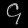
Digit: ၄